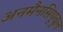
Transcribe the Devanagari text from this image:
अनमैनसिपूबुल